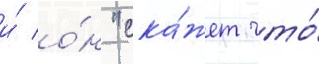
и́ о́н "ска́жет что́